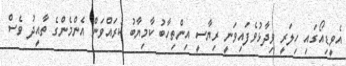
އެވީޑިއޯގައި ހިލަރީ ވިދާޅުވެފައިވަނީ ރިޔާސީ އިންތިހާބު ކާމިޔާބު ކުރައްވަން އެންމެންގެ ތާއީދު ވެސް